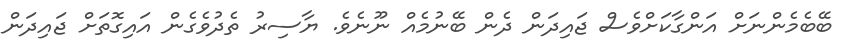
ބޭބެމެންނަށް އަންގާކަށްވެސް ޖައިދަން ދެން ބޭނުމެއް ނޫނެވެ. ޔާސިރު ތެދުވެގެން އައިގޮތަށް ޖައިދަން